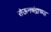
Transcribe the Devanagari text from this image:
सेऊनचंद्राच्या